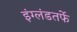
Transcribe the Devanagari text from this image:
इंग्लंडतर्फे